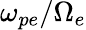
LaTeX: \omega_{pe}/\Omega_{e}